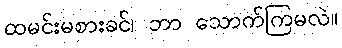
ထမင်းမစားခင်၊ ဘာ သောက်ကြမလဲ။